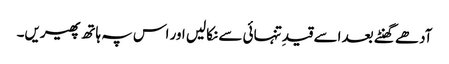
آدھے گھنٹے بعد اسے قیدِ تنہائی سے نکالیں اور اس پہ ہاتھ پھیریں۔